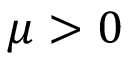
\mu > 0